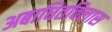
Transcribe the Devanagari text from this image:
अबाधितविलास